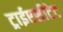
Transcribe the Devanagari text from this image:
ट्राईएसीटेट